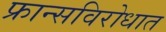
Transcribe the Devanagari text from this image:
फ्रान्सविरोधात